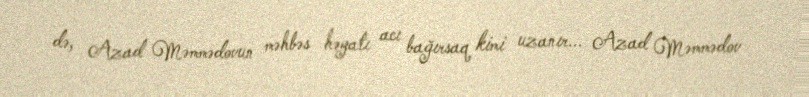
də, Azad Məmmədovun məhbəs həyatı acı bağırsaq kimi uzanır... Azad Məmmədov